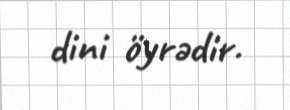
dini öyrədir.